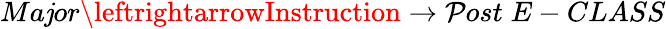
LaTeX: Ma\mathit{j}or\leftrightarrowInstruction\rightarrow\mathcal{P}ost\; E-CLASS